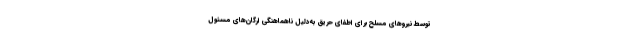
توسط نیروهای مسلح برای اطفای حریق به‌دلیل ناهماهنگی ارگان‌های مسئول